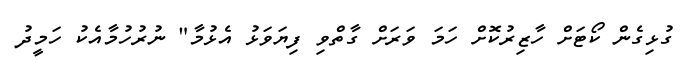
ގުޅިގެން ކޯޓަށް ހާޒިރުކޮށް ހަމަ ވަރަށް ގާތްވި ފިޔަވަޅު އެޅުމާ" ނުރުހުމާއެކު ހަމީދު